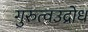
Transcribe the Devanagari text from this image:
गुरुत्वउद्रोध